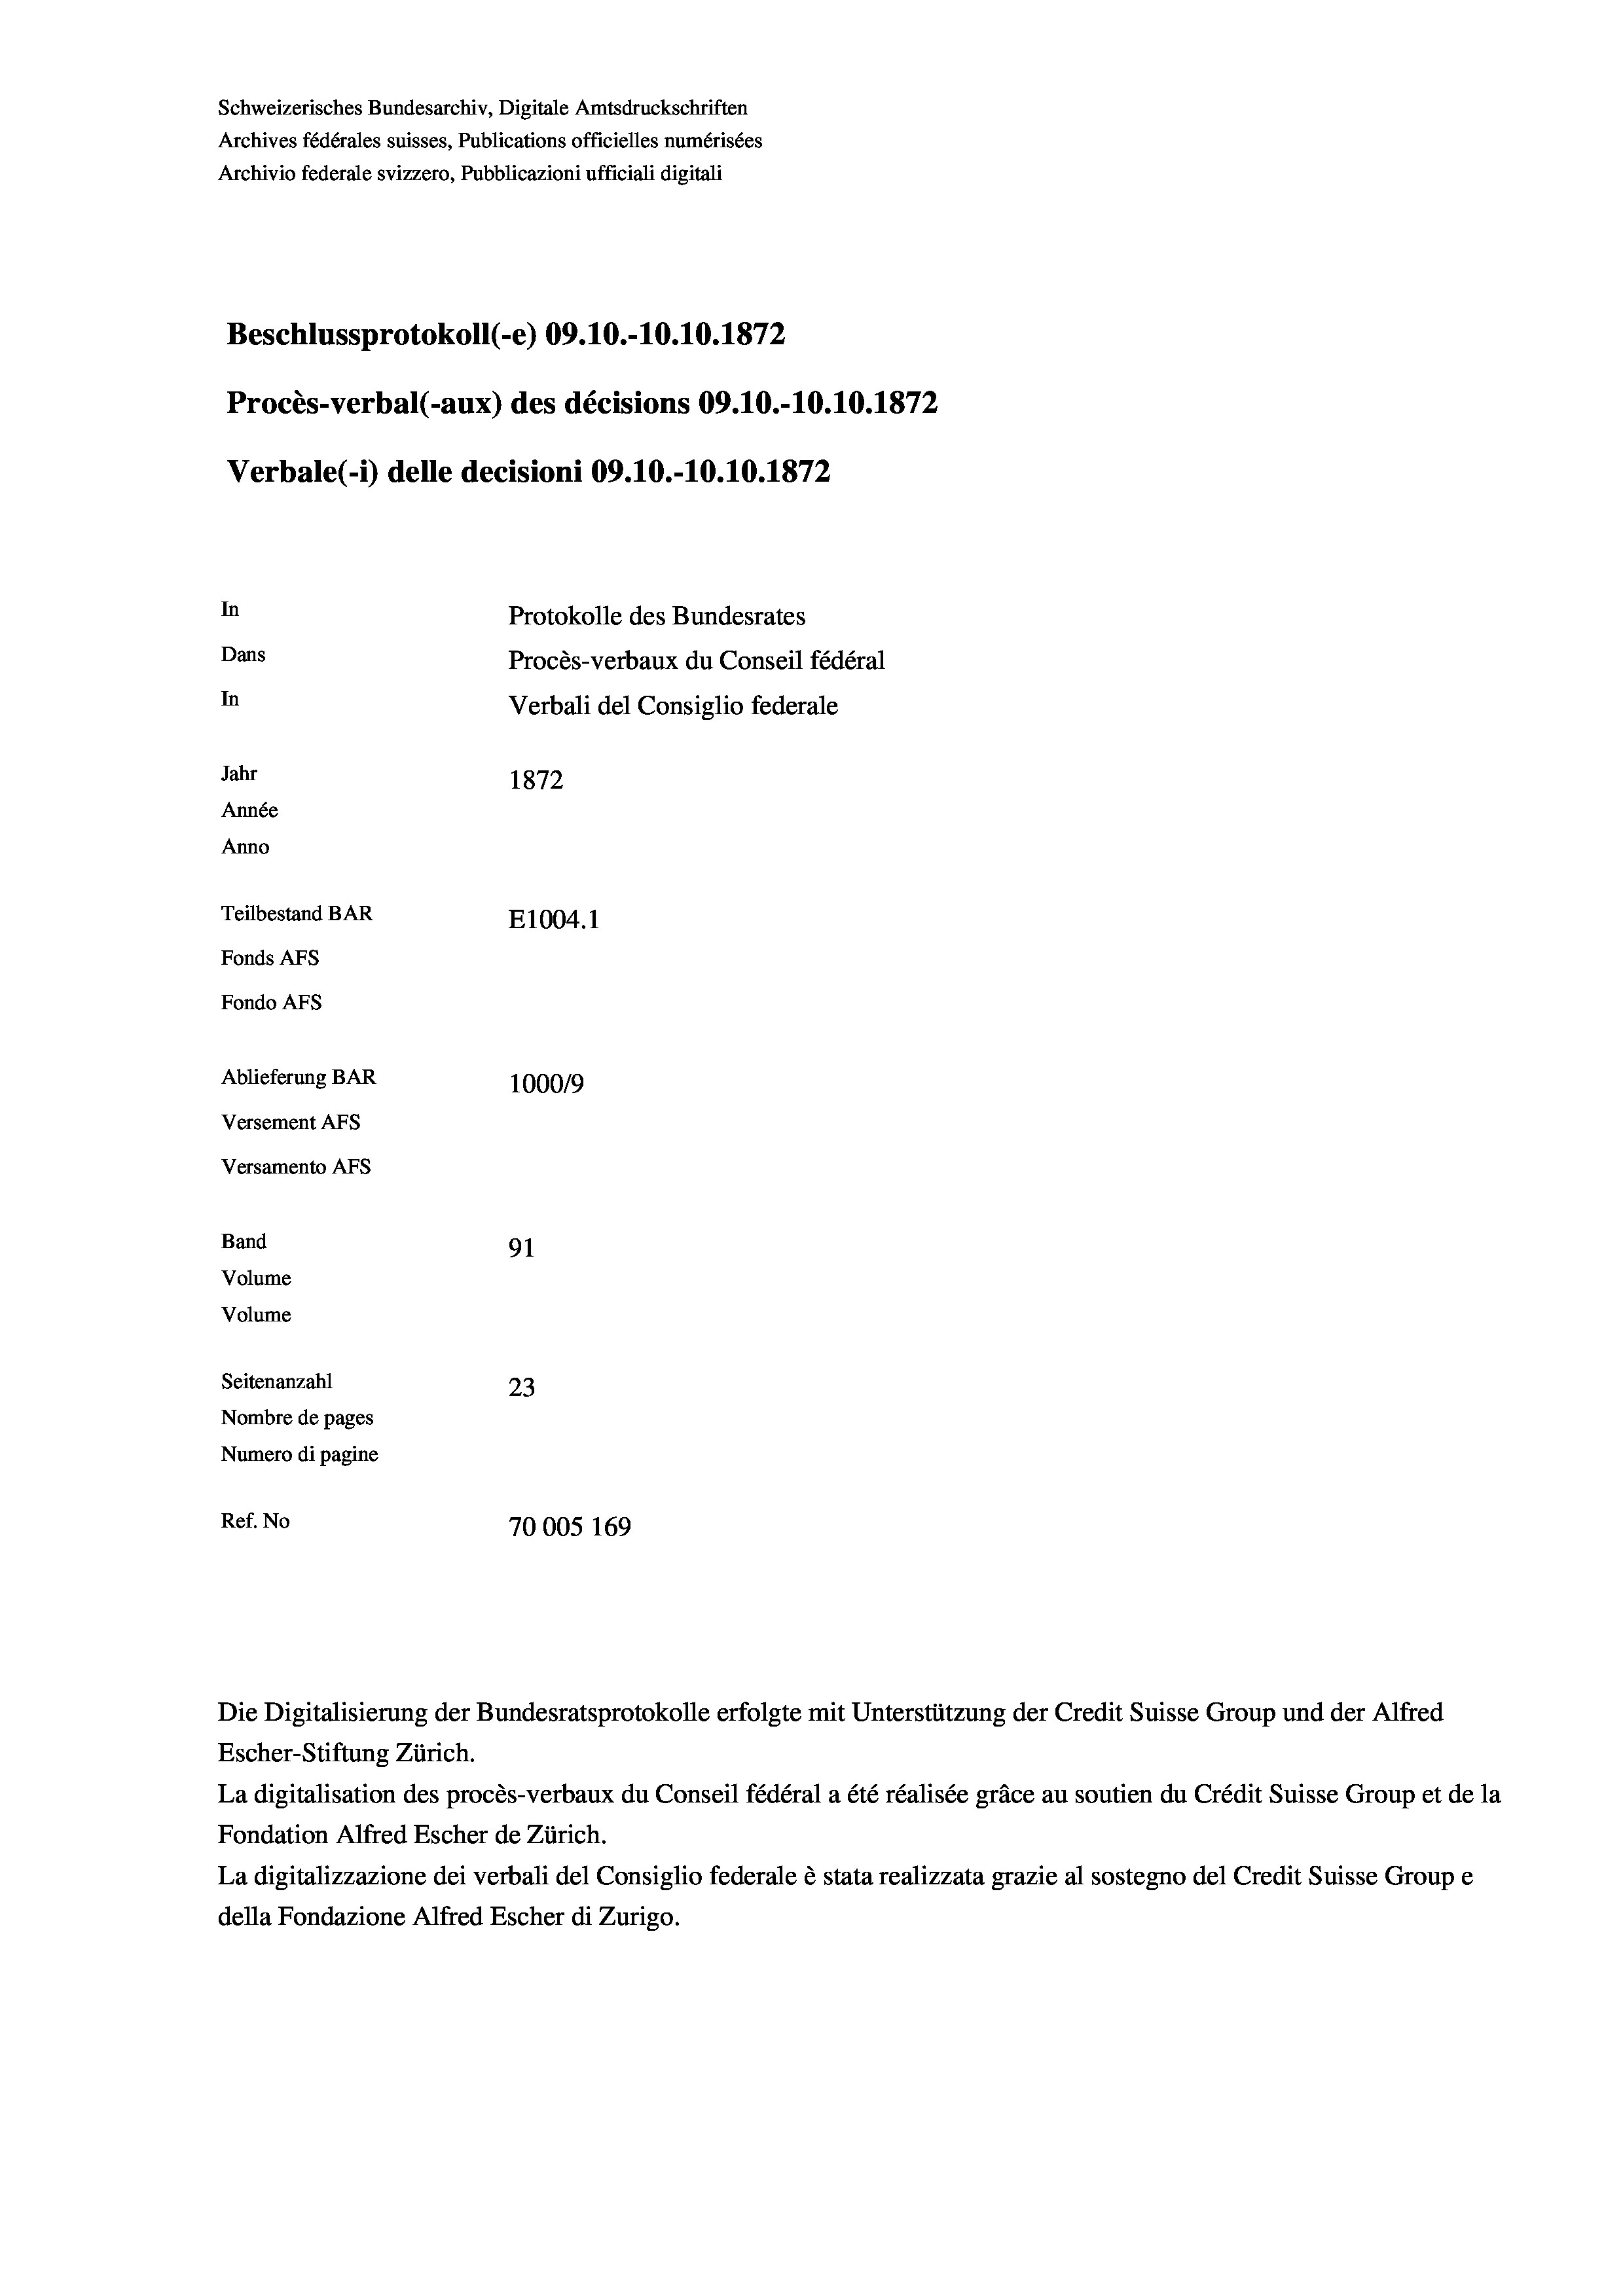
Schweizerisches Bundesarchiv, Digitale Amtsdruckschriften
Archives fédérales suisses, Publications officielles numérisées
Archivio federale svizzero, Pubblicazioni ufficiali digitali
Beschlussprotokoll (-e) 09.10.-10.10.1872
Procès-verbal (-aux) des décisions 09.10.-10.10.1872
Verbale(-*) delle decisioni 09.10.-10.10.1872
In
Protokolle des Bundesrates
Dans
Procès-verbaux du Conseil fédéral
In
Verbali del Consiglio federale
Jahr
1872
Année
Anno
Teilbestand BAR
E1004. 1
Fonds AFs
Fondo Afs
Ablieferung BAR
10009
Versement Ans
Versamento Afs

91
Seitenanzahl
23
Nombre de pages
Numero di pagine
Ref. No
70005 169

Band
Volume

Volume

Escher-Stiftung Zürich.
La digitalisation des procès-verbaux du Conseil fédéral a été réalisée gräce au soutien du Crédit Suisse Group et de la
Fondation Alfred Escher de Zürich.
La digitalizzazione dei verbali del Consiglio federale è stata realizzata grazie al sostegno del Credit Suisse Groupe
della Fondazione Alfred Escher di Zurigo.

Die Digitalisierung der Bundesratsprotokolle erfolgte mit Unterstützung der Credit Suisse Group und der Alfred